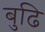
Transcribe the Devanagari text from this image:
बुढि